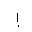
Letter: _alif